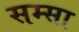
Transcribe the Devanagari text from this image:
सम्सा